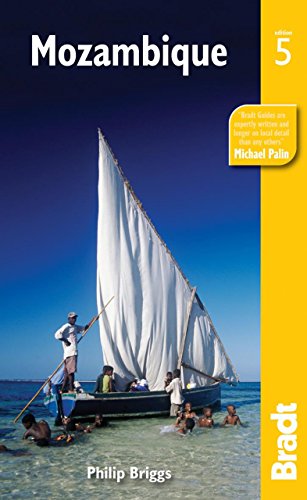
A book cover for Mozambique, 5th: The Bradt Travel Guide; Philip Briggs; Travel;